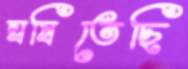
ঘষিতেছি